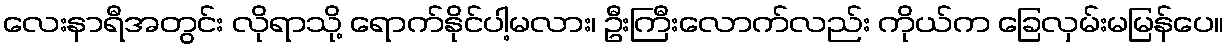
လေးနာရီအတွင်း လိုရာသို့ ရောက်နိုင်ပါ့မလား၊ ဦးကြီးလောက်လည်း ကိုယ်က ခြေလှမ်းမမြန်ပေ။